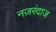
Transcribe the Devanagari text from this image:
नज़रंदाज